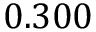
0 . 3 0 0